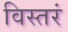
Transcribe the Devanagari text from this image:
विस्तरं